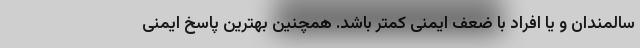
سالمندان و یا افراد با ضعف ایمنی کمتر باشد. همچنین بهترین پاسخ ایمنی